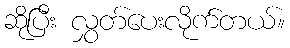
ဆိုပြီး လွှတ်ပေးလိုက်တယ်။